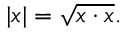
| x | = { \sqrt { x \cdot x } } .